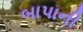
બાપાની